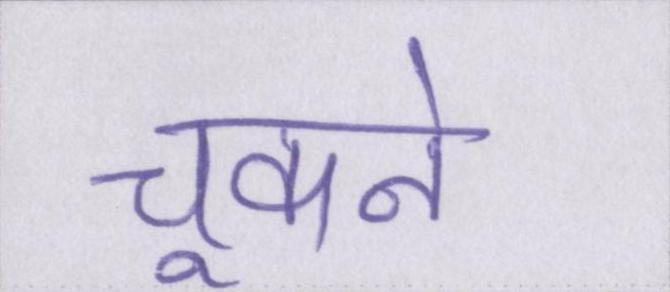
चूकने